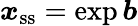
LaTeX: \boldsymbol{x}_{\mathrm{ss}}=\exp\boldsymbol{b}